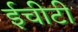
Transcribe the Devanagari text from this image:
ईचीटी